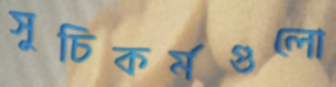
সুচিকর্মগুলো